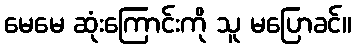
မေမေ ဆုံးကြောင်းကို သူ မပြောခင်။